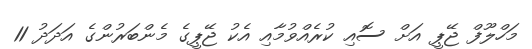
މަހްލޫފް ޖޭޕީ އަށް ސޮއި ކުރެއްވުމާއި އެކު ޖޭޕީގެ މެންބަރުންގެ އަދަދު 11